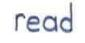
read